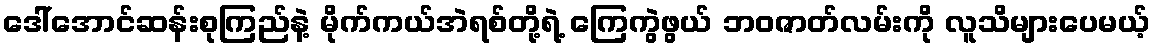
ဒေါ်အောင်ဆန်းစုကြည်နဲ့ မိုက်ကယ်အဲရစ်တို့ရဲ့ ကြေကွဲဖွယ် ဘဝဇာတ်လမ်းကို လူသိများပေမယ့်